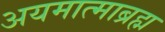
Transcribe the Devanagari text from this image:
अयमात्माब्रह्म